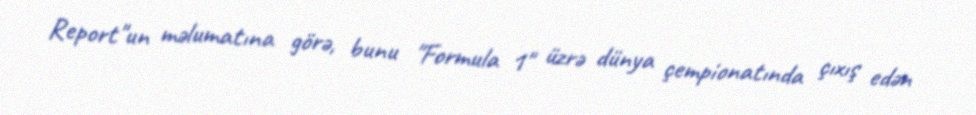
Report"un məlumatına görə, bunu "Formula 1" üzrə dünya çempionatında çıxış edən